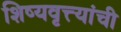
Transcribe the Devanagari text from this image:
शिष्यवृत्त्यांची